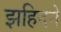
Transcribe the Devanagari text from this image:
झहिदने